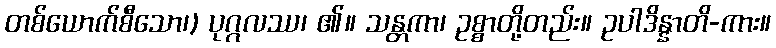
တစ်ယောက်စီသော၊) ပုဂ္ဂလဿ၊ ၏။ သန္တကာ၊ ဥစ္စာတို့တည်း။ ဥပါဒိန္နာတိ-ကား။